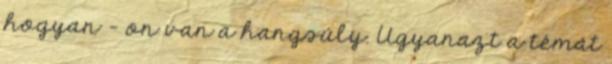
hogyan - on van a hangsúly. Ugyanazt a témát